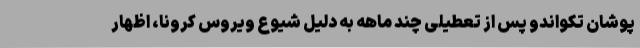
پوشان تکواندو پس از تعطیلی چند ماهه به دلیل شیوع ویروس کرونا، اظهار